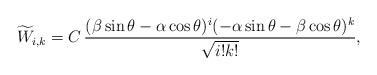
LaTeX: \begin{align*}\widetilde{W}_{i,k}=C\,\frac{(\beta\sin\theta-\alpha \cos \theta)^{i}(-\alpha \sin \theta-\beta \cos \theta)^{k}}{\sqrt{i!k!}},\end{align*}